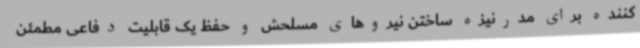
کننده برای مدرنیزه ساختن نیروهای مسلحش و حفظ یک قابلیت دفاعی مطمئن